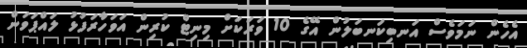
އެހެން ނަމަވެސް އަނބިކަނބަލުން އޭގެ 10 ވަރަކަށް މިނިޓް ކުރިން އަވަހާރަފުޅު ލައްޕަވަން